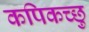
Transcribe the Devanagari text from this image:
कपिकच्छु